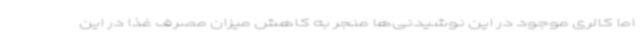
اما کالری موجود در این نوشیدنی‌ها منجر به کاهش میزان مصرف غذا در این